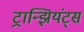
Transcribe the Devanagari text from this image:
ट्रान्झियंट्स